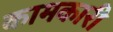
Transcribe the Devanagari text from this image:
कामकारी